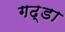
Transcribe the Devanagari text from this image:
गढ्‌डा